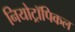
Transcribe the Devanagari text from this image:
नियोट्रॉपिकल